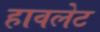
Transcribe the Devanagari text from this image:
हावलेट